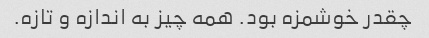
چقدر خوشمزه بود. همه چیز به اندازه و تازه.